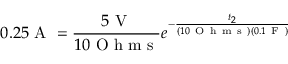
0 . 2 5 \mathrm { ~ A ~ } = \frac { 5 \mathrm { ~ V ~ } } { 1 0 \mathrm { ~ O ~ h ~ m ~ s ~ } } e ^ { - \frac { t _ { 2 } } { ( 1 0 \mathrm { ~ O ~ h ~ m ~ s ~ } ) ( 0 . 1 \mathrm { ~ F ~ } ) } }